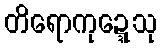
တိရောကုဍ္ဍေသု